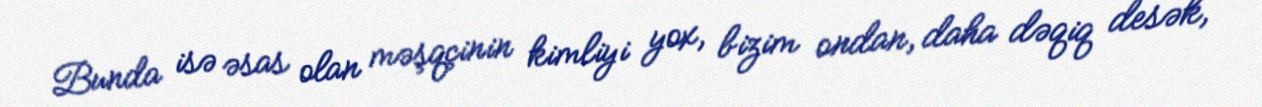
Bunda isə əsas olan məşqçinin kimliyi yox, bizim ondan, daha dəqiq desək,